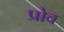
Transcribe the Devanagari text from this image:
प्रोव